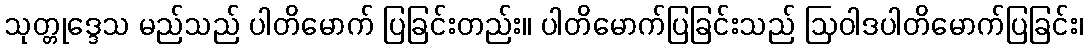
သုတ္တုဒ္ဒေသ မည်သည် ပါတိမောက် ပြခြင်းတည်း။ ပါတိမောက်ပြခြင်းသည် ဩဝါဒပါတိမောက်ပြခြင်း၊